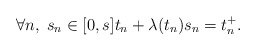
\begin{align*} \forall n,\; s_n\in [0,s] t_n+\lambda(t_n)s_n=t_n^+.\end{align*}